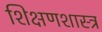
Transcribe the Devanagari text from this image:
शिक्षणशास्‍त्र